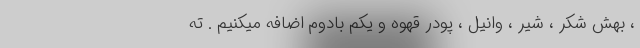
، بهش شکر ، شیر ، وانیل ، پودر قهوه و یکم بادوم اضافه میکنیم . ته